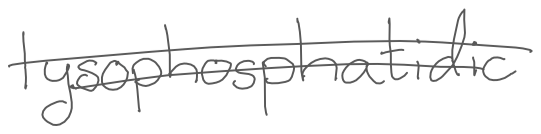
Text: lysophosphatidic
Cross-out: double-line
Writing tool: digital_gray